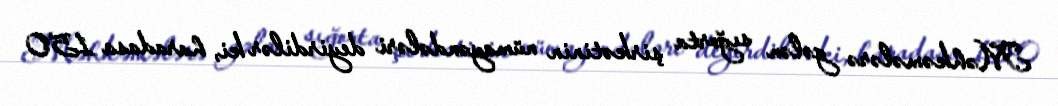
Məhkəmələrə gələn sığorta şirkətinin nümayəndələri deyirdilər ki, haradasa 150